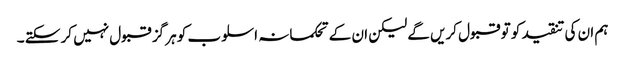
ہم ان کی تنقید کو تو قبول کریں گے لیکن ان کے تحکمانہ اسلوب کو ہر گز قبول نہیں کر سکتے ۔